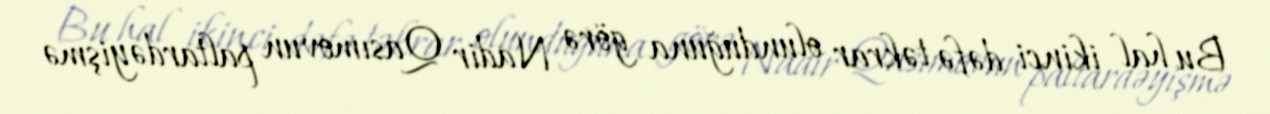
Bu hal ikinci dəfə təkrar olunduğuna görə Nadir Qasımovun paltardəyişmə